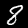
Digit: 8